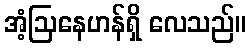
အံ့ဩနေဟန်ရှိ လေသည်။